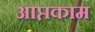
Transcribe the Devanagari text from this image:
आप्तकाम